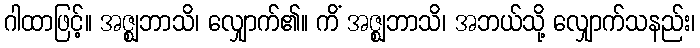
ဂါထာဖြင့်။ အဇ္ဈဘာသိ၊ လျှောက်၏။ ကိံ အဇ္ဈဘာသိ၊ အဘယ်သို့ လျှောက်သနည်း၊